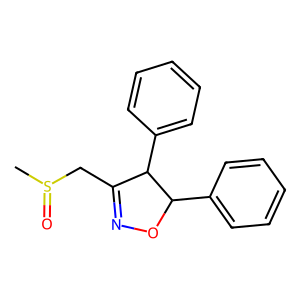
SMILES: CS(=O)CC1=NOC(c2ccccc2)C1c1ccccc1
Inhibits HIV replication: No